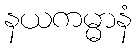
နယကမ္မာနံ